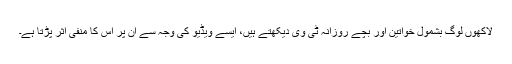
لاکھوں لوگ بشمول خواتین اور بچے روزانہ ٹی وی دیکھتے ہیں، ایسے ویڈیو کی وجہ سے ان پر اس کا منفی اثر پڑتا ہے۔